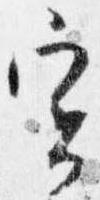
実